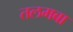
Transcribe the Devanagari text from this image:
तलमबा